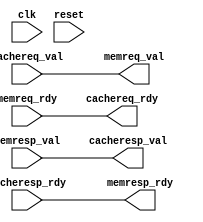
module plab3_mem_BlockingCacheSimpleCtrl
#(
  parameter size    = 256,            // Cache size in bytes

  // local parameters not meant to be set from outside
  parameter dbw     = 32,             // Short name for data bitwidth
  parameter abw     = 32,             // Short name for addr bitwidth
  parameter clw     = 128,            // Short name for cacheline bitwidth
  parameter nblocks = size*8/clw      // Number of blocks in the cache
)
(
  input                                         clk,
  input                                         reset,

  // Cache Request

  input                                         cachereq_val,
  output                                        cachereq_rdy,

  // Cache Response

  output                                        cacheresp_val,
  input                                         cacheresp_rdy,

  // Memory Request

  output                                        memreq_val,
  input                                         memreq_rdy,

  // Memory Response

  input                                         memresp_val,
  output                                        memresp_rdy
);

  // pass through the request and response signals in the null cache

  assign memreq_val    = cachereq_val;
  assign cachereq_rdy  = memreq_rdy;

  assign cacheresp_val = memresp_val;
  assign memresp_rdy   = cacheresp_rdy;

endmodule